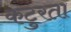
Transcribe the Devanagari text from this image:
कटुरता